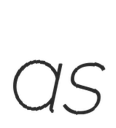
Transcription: as